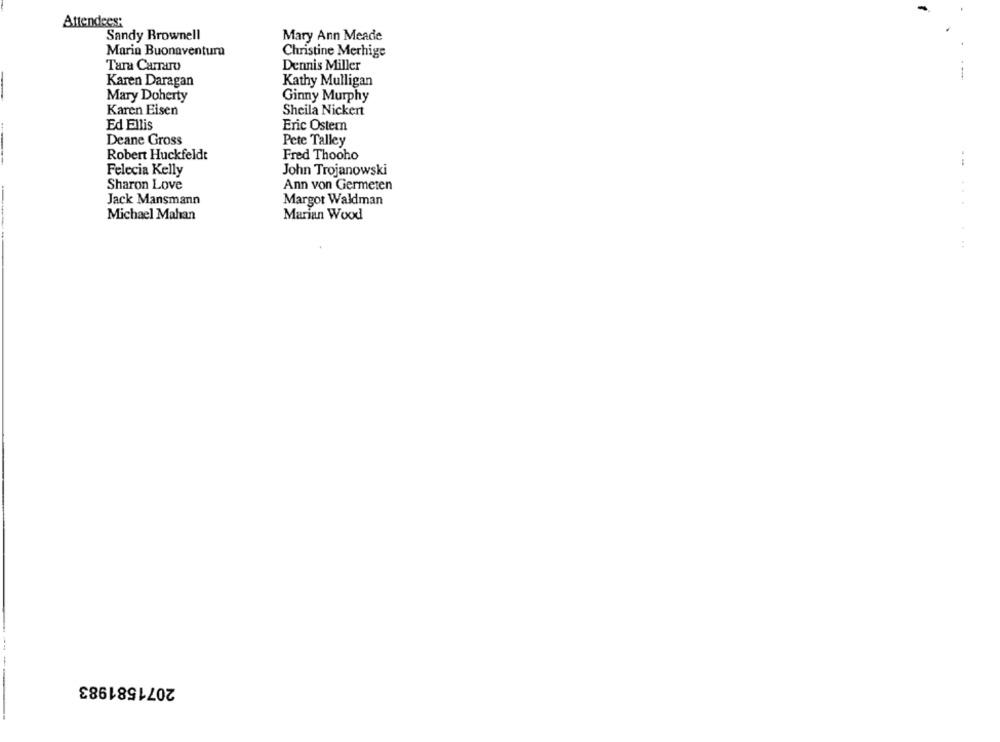
Attendees:
Sandy Brownell
Mary Ann Meade
Marin Buonaventura
Christine Merhige
Tara Carraro
Dennis Miller
Karen Daragan
Kathy Mulligan
Mary Doherty
Ginny Murphy
Karen Eisen
Sheila Nickert
Ed Ellis
Eric Ostern
Deane Gross
Pete Talley
Robert Huckfeldt
Fred Thooho
Felecia Kelly
John Trojanowski
Sharon Love
Ann von Germeten
Jack Mansmann
Margot Waldman
Marian Wood
Michael Mahan
2071581983